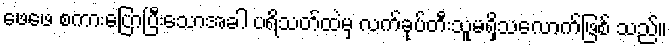
ဖေဖေ စကားပြောပြီးသောအခါ ပရိသတ်ထဲမှ လက်ခုပ်တီးသူမရှိသလောက်ဖြစ် သည်။